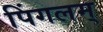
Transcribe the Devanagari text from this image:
पिंगलम्